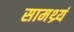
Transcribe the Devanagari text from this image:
सामथ्र्यं